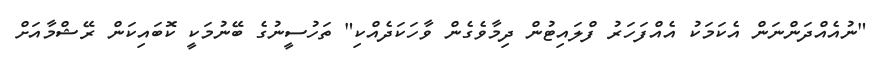
"ނުއެއްދަންނަން އެކަމަކު އެއްފަހަރު ފްލައިޓުން ދިމާވެގެން ވާހަކަދެއްކި" ތަހުސީނުގެ ބޭނުމަކީ ކޮބައިކަން ރޭޝްމާއަށް